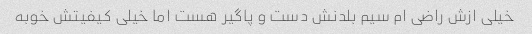
خیلی ازش راضی ام سیم بلدنش دست و پاگیر هست اما خیلی کیفیتش خوبه